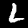
Label: 2